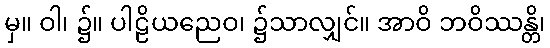
မှ။ ဝါ၊ ၌။ ပါဠိယညေဝ၊ ၌သာလျှင်။ အာဝိ ဘဝိဿန္တိ၊